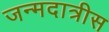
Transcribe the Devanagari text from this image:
जन्मदात्रीस